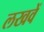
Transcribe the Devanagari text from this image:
लखवें